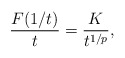
\begin{align*}\frac{F(1/t)}{t} = \frac{K}{t^{1/p}},\end{align*}